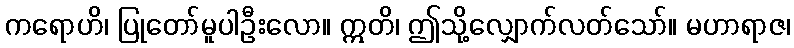
ကရောဟိ၊ ပြုတော်မူပါဦးလော။ ဣတိ၊ ဤသို့လျှောက်လတ်သော်။ မဟာရာဇ၊